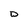
Character: D